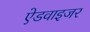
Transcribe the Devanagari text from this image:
ऐडवाइजर